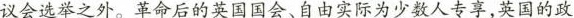
议会选举之外。革命后的英国国会、自由实际为少数人专，英国的政